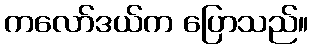
ကလော်ဒယ်က ပြောသည်။